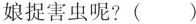
娘捉害虫呢?()